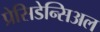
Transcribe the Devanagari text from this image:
प्रेसिडेन्सिअल